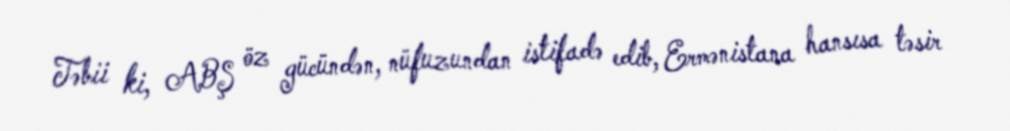
Təbii ki, ABŞ öz gücündən, nüfuzundan istifadə edib, Ermənistana hansısa təsir